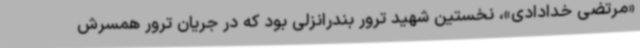
«مرتضی خدادادی»، نخستین شهید ترور بندرانزلی بود که در جریان ترور همسرش